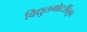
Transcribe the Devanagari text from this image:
विद्युतमोटरींतून